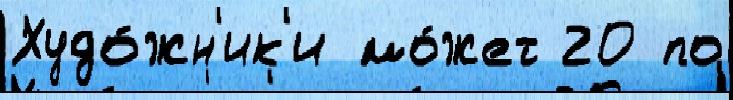
Худо́жн'ик'и мо́жет 20 по